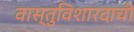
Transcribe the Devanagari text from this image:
वास्तुविशारदाची